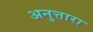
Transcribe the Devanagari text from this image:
अनुत्तारा